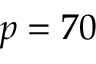
p = 7 0